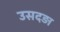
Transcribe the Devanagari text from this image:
उसदड़ा